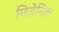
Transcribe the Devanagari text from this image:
मिजेनिक